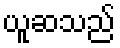
ယူဆသည်